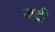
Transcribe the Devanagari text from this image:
जदी